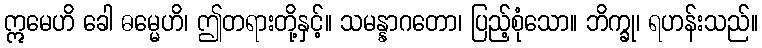
ဣမေဟိ ခေါ ဓမ္မေဟိ၊ ဤတရားတို့နှင့်။ သမန္နာဂတော၊ ပြည့်စုံသော။ ဘိက္ခု၊ ရဟန်းသည်။